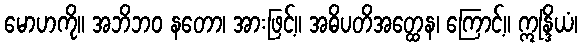
မောဟကို။ အဘိဘဝ နတော၊ အားဖြင့်။ အဓိပတိအတ္ထေန၊ ကြောင့်။ ဣန္ဒြိယံ၊